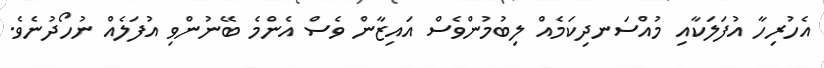
އެހުރިހާ އުފަލަކާއި މުއްސަނދިކަމެއް ލިބުމުންވެސް އައިޒާން ވެސް އެންމެ ބޭނުންވި އުފަލެއް ނުހޯދުނެވެ.